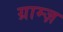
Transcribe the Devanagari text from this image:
ग्राम्ज़